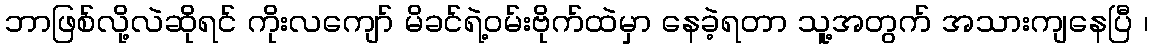
ဘာဖြစ်လို့လဲဆိုရင် ကိုးလကျော် မိခင်ရဲ့ဝမ်းဗိုက်ထဲမှာ နေခဲ့ရတာ သူ့အတွက် အသားကျနေပြီ ၊